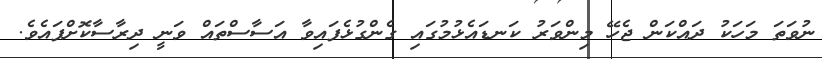
ނުވަތަ މަހަކު ދައްކަން ޖެހޭ މިންވަރު ކަނޑައެޅުމުގައި ގެންގުޅެފައިވާ އަސާސްތައް ވަނީ ދިރާސާކޮށްފައެވެ.